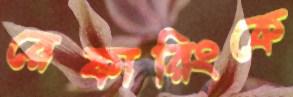
রেফারিংকে